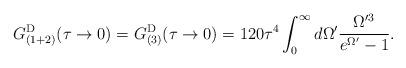
LaTeX: \begin{align*}G^{\rm D}_{(1+2)}(\tau\rightarrow 0) = G^{\rm D}_{(3)}(\tau\rightarrow 0)=120\tau^4 \int_0^{\infty} d\Omega' \frac{\Omega'^3}{e^{\Omega'}-1}.\end{align*}